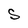
Character: S